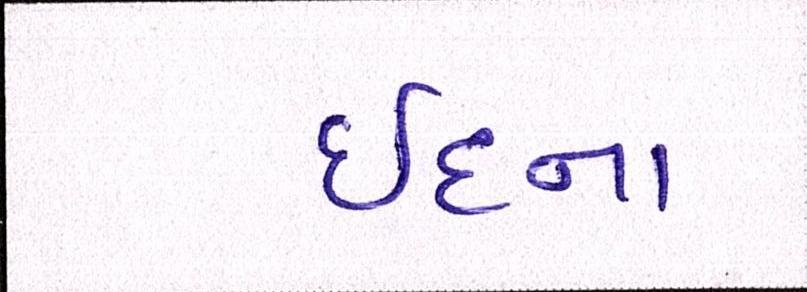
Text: ઈદના